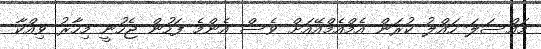
މައްސަލަ ހައްލު ކުރަން އެމްއެމްއޭއަށް ވެސް އެންމެ ފަހުން ޖެހުނީ މިހާރު ވިއްކާ